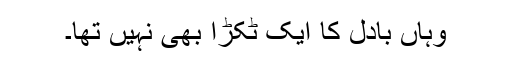
وہاں بادل کا ایک ٹکڑا بھی نہیں تھا۔